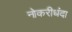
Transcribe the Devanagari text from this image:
नोकरीधंदा